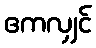
ဧကလျှင်